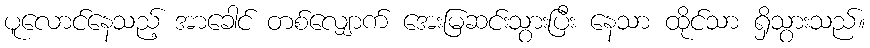
ပူလောင်နေသည့် အာခေါင် တစ်လျှောက် အေးမြဆင်းသွားပြီး နေသာ ထိုင်သာ ရှိသွားသည်။